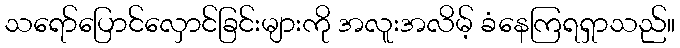
သရော်ပြောင်လှောင်ခြင်းများကို အလူးအလိမ့် ခံနေကြရရှာသည်။